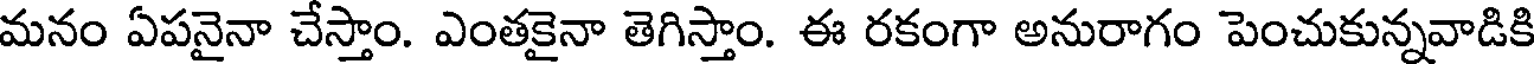
మనం ఏపనైనా చేస్తాం. ఎంతకైనా తెగిస్తాం. ఈ రకంగా అనురాగం పెంచుకున్నవాడికి